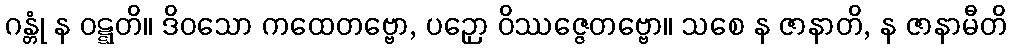
ဂန္တုံ န ဝဋ္ဋတိ။ ဒိဝသော ကထေတဗ္ဗော, ပဉှော ဝိဿဇ္ဇေတဗ္ဗော။ သစေ န ဇာနာတိ, န ဇာနာမီတိ